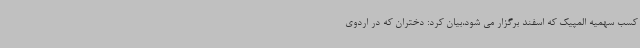
کسب سهمیه المپیک که اسفند برگزار می شود،بیان کرد: دختران که در اردوی